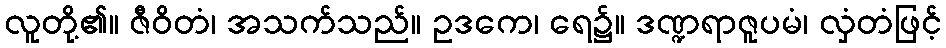
လူတို့၏။ ဇီဝိတံ၊ အသက်သည်။ ဥဒကေ၊ ရေ၌။ ဒဏ္ဍရာဇူပမံ၊ လှံတံဖြင့်